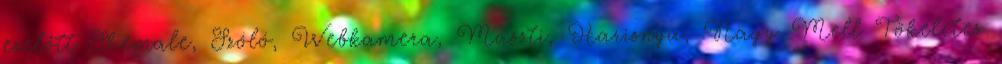
ezelőtt Shemale, Szóló, Webkamera, Maszti, Harisnya, Nagy Mell Tökéletes